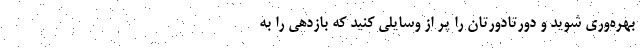
بهره‌وری شوید و دورتادورتان را پر از وسایلی کنید که بازدهی را به